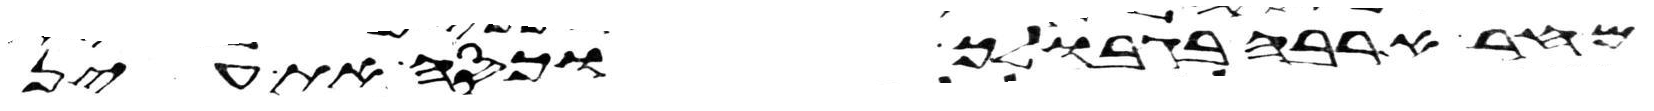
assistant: מחר ארבה בגבולך וכסה את עין